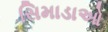
સિમાડાઓ